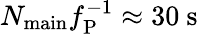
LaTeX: N_{\mathrm{main}}f_{\mathrm{P}}^{-1}\approx 30~\mathrm{s}